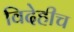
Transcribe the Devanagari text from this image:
विदेहीच